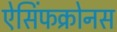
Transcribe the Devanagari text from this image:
ऐसिंफक्रोनस